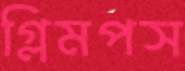
গ্লিমপস